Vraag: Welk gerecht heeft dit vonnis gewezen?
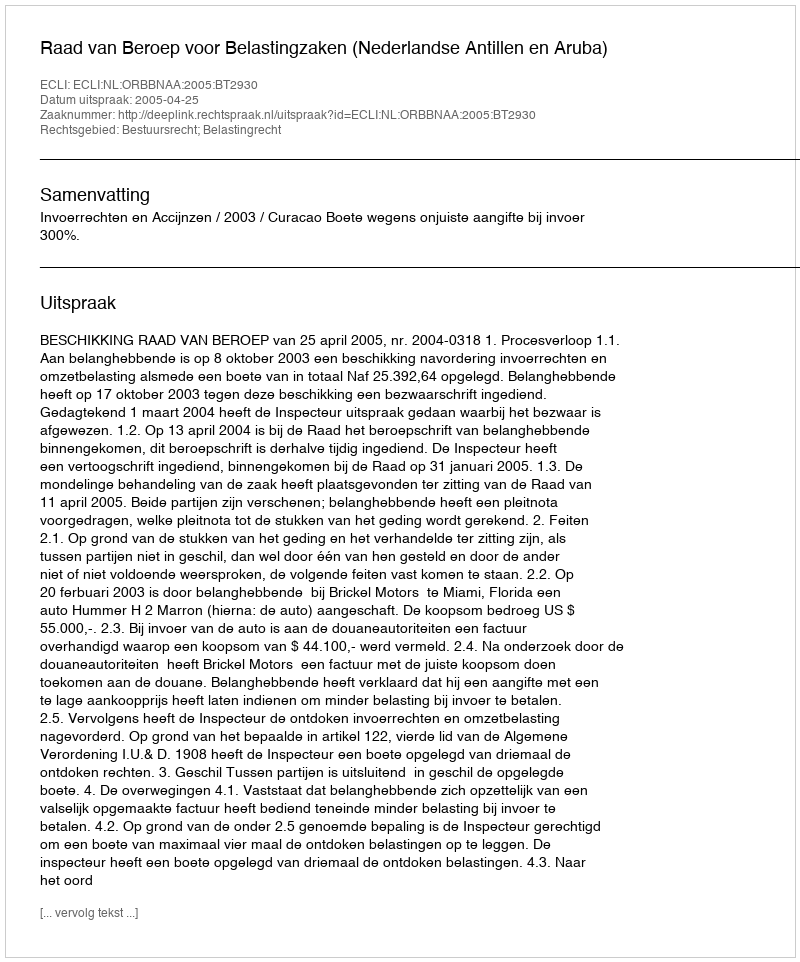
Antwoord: Raad van Beroep voor Belastingzaken (Nederlandse Antillen en Aruba)